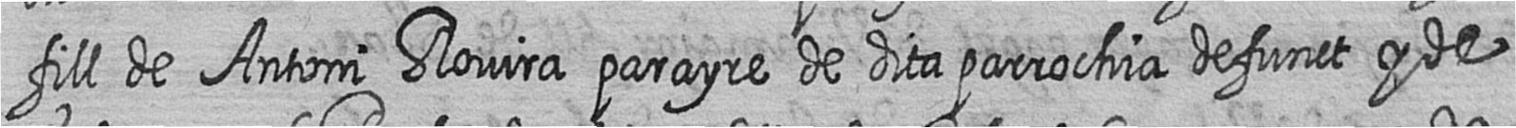
fill de Antoni Rovira parayre de dita parrochia defunct y de